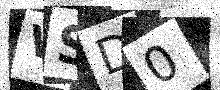
Text: VSD0